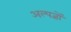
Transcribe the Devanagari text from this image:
अल्पज्ञों